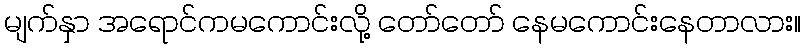
မျက်နှာ အရောင်ကမကောင်းလို့ တော်တော် နေမကောင်းနေတာလား။